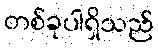
တစ်ခုပါရှိသည်